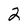
Character: 2